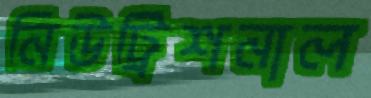
নিউট্রিশনাল